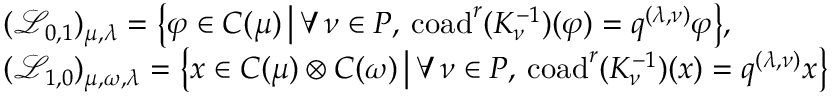
\begin{array} { r l } & { ( \mathcal { L } _ { 0 , 1 } ) _ { \mu , \lambda } = \bigl \{ \varphi \in C ( \mu ) \, \big | \, \forall \, \nu \in P , \: \mathrm { c o a d } ^ { r } ( K _ { \nu } ^ { - 1 } ) ( \varphi ) = q ^ { ( \lambda , \nu ) } \varphi \bigr \} , } \\ & { ( \mathcal { L } _ { 1 , 0 } ) _ { \mu , \omega , \lambda } = \bigl \{ x \in C ( \mu ) \otimes C ( \omega ) \, \big | \, \forall \, \nu \in P , \: \mathrm { c o a d } ^ { r } ( K _ { \nu } ^ { - 1 } ) ( x ) = q ^ { ( \lambda , \nu ) } x \bigr \} } \end{array}